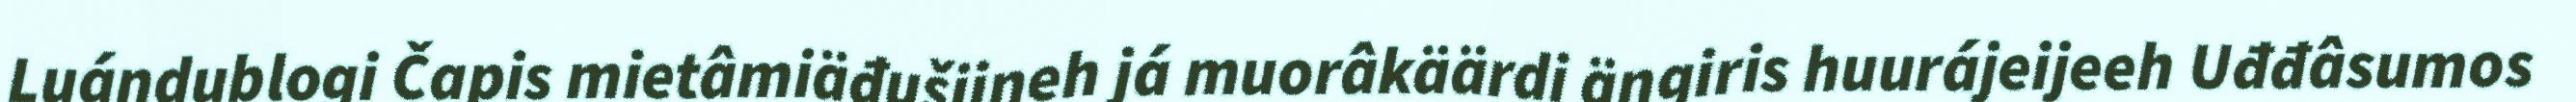
Luándublogi Čapis mietâmiäđušijneh já muorâkäärdi äŋgiris huurájeijeeh Uđđâsumos